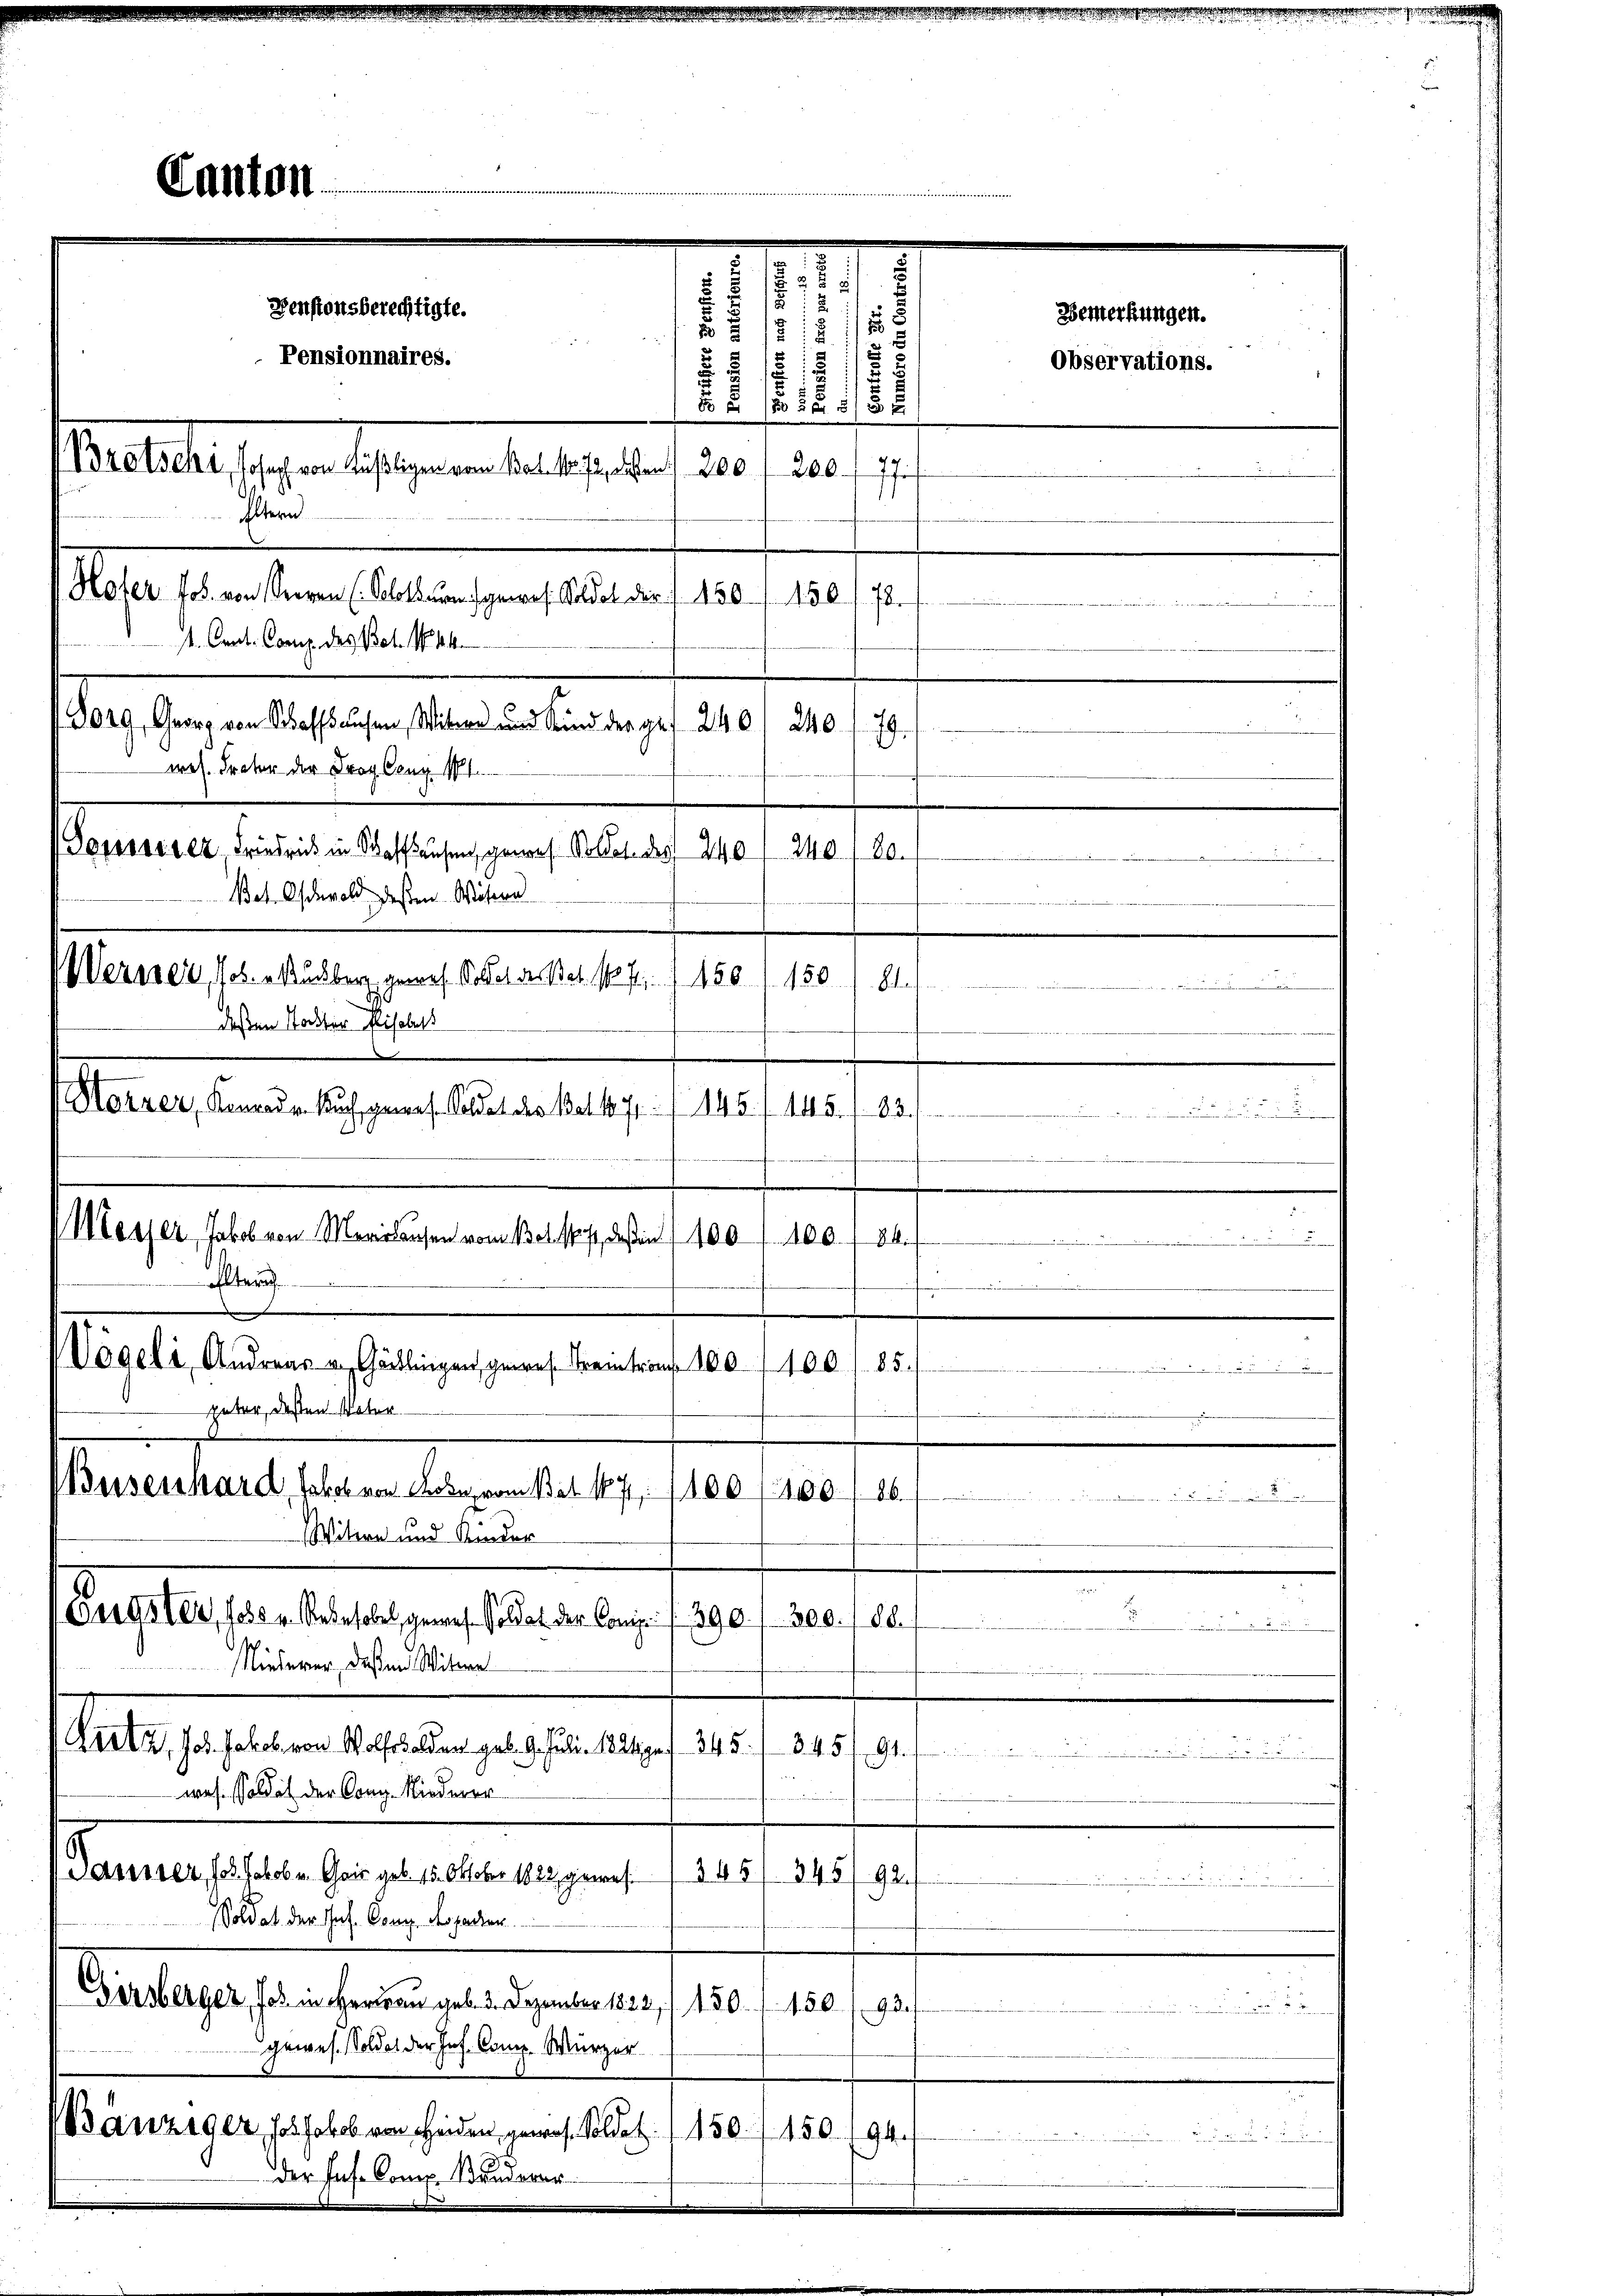
Canton

eh ich
f
1
e
.
V Messer, Jakob von Marielausen vom Bett, deßen 1001 100. 84.

Vögeli, Andreas u. Gärtlingen, gewes. Beitrauf 100–400/ 85.
güber deßen Vater
Buisenhard, Jakob von Robe, vom Bat 187. 1100/10086

Witwe und Kinder
Bergster, foder Rebehobel, gewesen Soldat der Comp. f. 390. 300. 188.
Niederer, deßen Witwe
Kratz, Joh. Jakob von Wolfbolden geb. 9. Juli 1826 n 1. 345. 345
a
Git
wes. soll ich der Comp. Niederer
345
Dausser, 18. Jakob u. Gais geb. 15. Oktober 1822 gewes. 1345
f
.
Soldat der Joh. Comp. de paren.
Girsberger, Jos. in Herau geb. 23. Dezember 1822, 1. 180. 1. 150. 192.
L
gewes. Soldet der Jos. Conne. Würzer.
Bänziger, hob Jakob von Heiden, gewos. Soldet:/ 150. 150. 194.
.
der Jahr Comp. Bunderer

Denstonsberechtigte.
2
8

2
15
7
Pensionnaires.
1
55
2. 111 188
(Brotschi, Joseph von Küßligen vom Bat. 1872, dassen 200
200.
Eltern

Hofer Joh. von Seren (Solothurn gewes. Soldat der 7 150. 150
1. Cent. Comp. des Bet. No. 44
 4240
wes. Frater der Trog Ceux 11.
Sossserer Friedrich in Schaffhausen, genes Soldet des 240
Bat. Oswald dessen Wisern
Versei, Jos. erkundberg gewes. Sollet dessel, 1 f 150
deßen Stockter Elisabett
Harrer, Konrad v. Auch genes Soldat des Bat. 1871 (145 f 145. 83.

Eltern

240.
20.
weder
B
150

Bladen

.
2
12

Bemerkungen.
Observations.

.

.